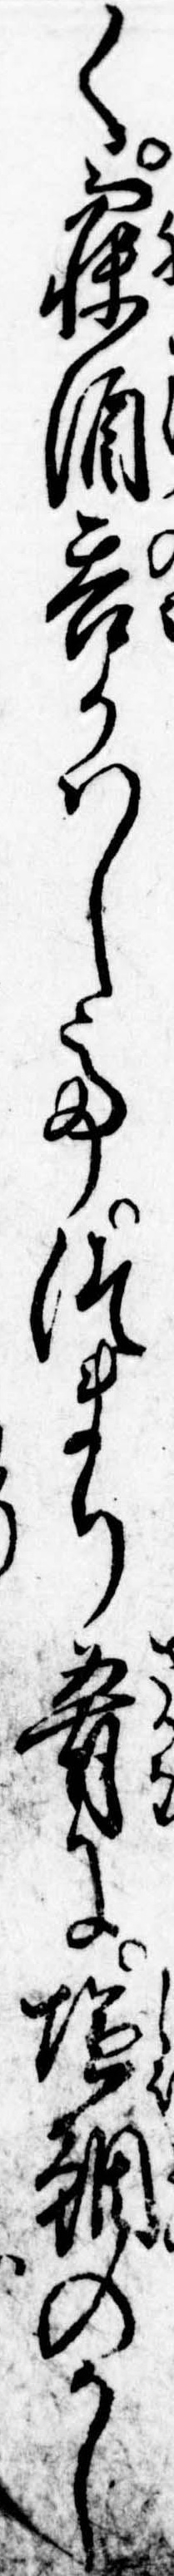
く寝酒呑かはしてつまり肴に塩鯛のかし